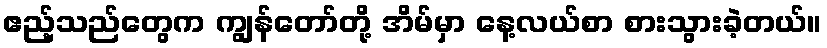
ဧည့်သည်တွေက ကျွန်တော်တို့ အိမ်မှာ နေ့လယ်စာ စားသွားခဲ့တယ်။